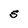
Character: S